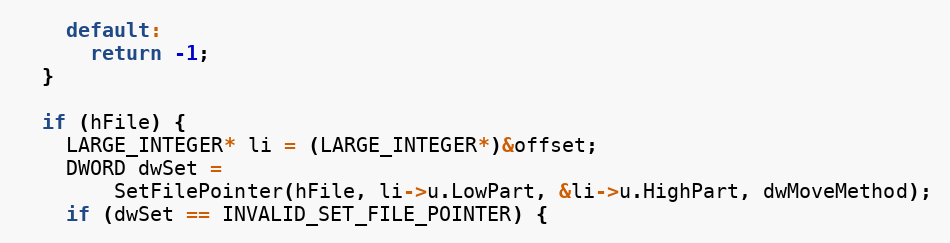
Language: C++
    default:
      return -1;
  }

  if (hFile) {
    LARGE_INTEGER* li = (LARGE_INTEGER*)&offset;
    DWORD dwSet =
        SetFilePointer(hFile, li->u.LowPart, &li->u.HighPart, dwMoveMethod);
    if (dwSet == INVALID_SET_FILE_POINTER) {